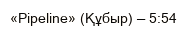
«Pipeline» (Құбыр) — 5:54